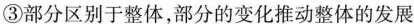
③部分区别于整体，部分的变化推动整体的发展